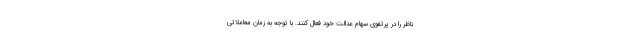
ناظر را در پرتفوی سهام عدالت خود فعال کنند. با توجه به زمان معاملاتی